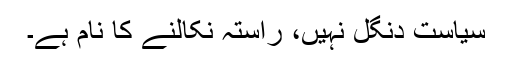
سیاست دنگل نہیں، راستہ نکالنے کا نام ہے۔